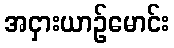
အငှားယာဉ်မောင်း